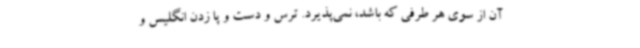
آن از سوی هر طرفی که باشد، نمی‌پذیرد. ترس و دست و پا زدن انگلیس و